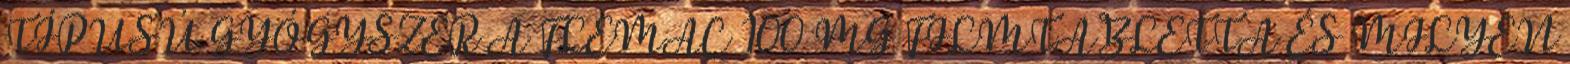
TÍPUSÚ GYÓGYSZER A FLEMAC 100 MG FILMTABLETTA ÉS MILYEN